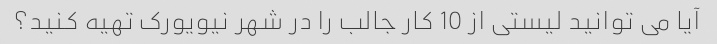
آیا می توانید لیستی از 10 کار جالب را در شهر نیویورک تهیه کنید؟